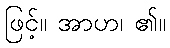
ဖြင့်။ အာဟ၊ ၏။